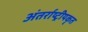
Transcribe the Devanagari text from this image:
अंतर्राष्ट्रीयकृत